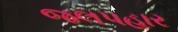
જલપહાર